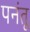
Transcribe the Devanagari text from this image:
पनंतू